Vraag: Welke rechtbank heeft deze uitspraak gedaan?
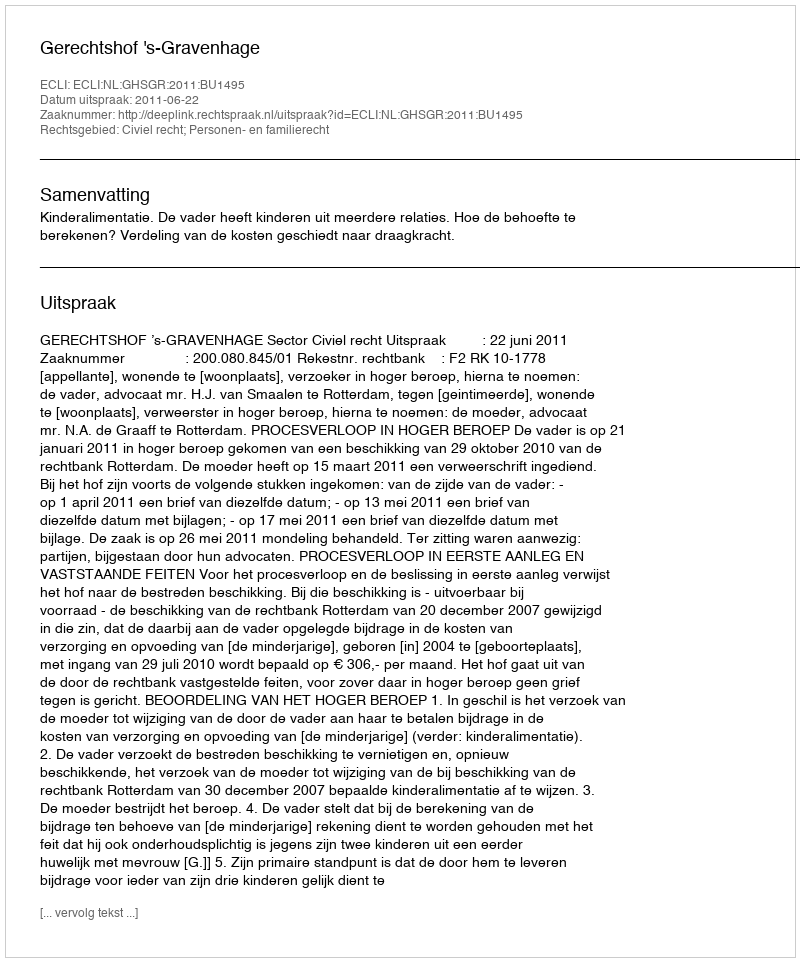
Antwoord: Gerechtshof 's-Gravenhage